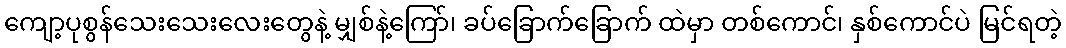
ကျော့ပုစွန်သေးသေးလေးတွေနဲ့ မျှစ်နဲ့ကြော်၊ ခပ်ခြောက်ခြောက် ထဲမှာ တစ်ကောင်၊ နှစ်ကောင်ပဲ မြင်ရတဲ့